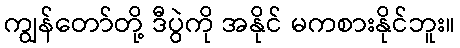
ကျွန်တော်တို့ ဒီပွဲကို အနိုင် မကစားနိုင်ဘူး။